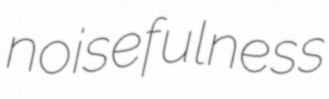
noisefulness